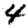
Digit: 4